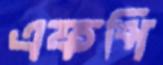
এফপি